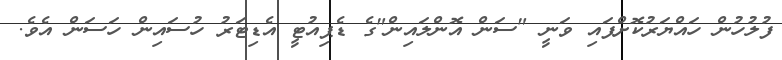
ފުލުހުން ހައްޔަރުކޮށްފައި ވަނީ "ސަން އޮންލައިން"ގެ ޑެޕިއުޓީ އެޑިޓަރު ހުސައިން ހަސަން އެވެ.